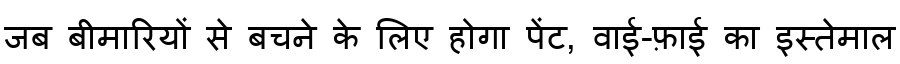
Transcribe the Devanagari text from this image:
जब बीमारियों से बचने के लिए होगा पेंट, वाई-फ़ाई का इस्तेमाल